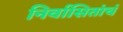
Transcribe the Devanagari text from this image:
निर्वासितांचं